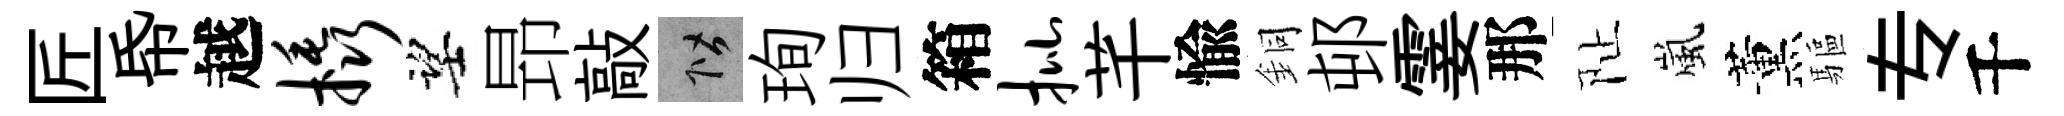
匠帋越橇望昻敲階珣归箱批芊愉銅邨霎那阯嵐薰驅专千